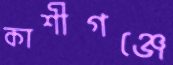
কাশীগঞ্জে